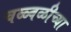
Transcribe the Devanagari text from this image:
चळ्वळीच्या